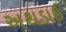
અથડાઇ